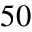
5 0